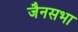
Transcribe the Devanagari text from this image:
जैनसभा